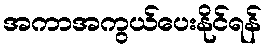
အကာအကွယ်ပေးနိုင်ရန်